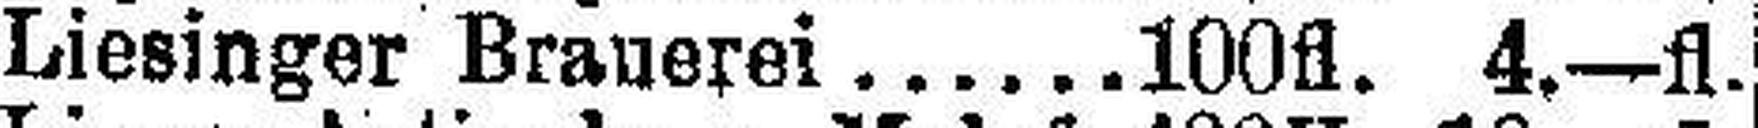
Liesinger Brauerei 100fl. 4—fl.